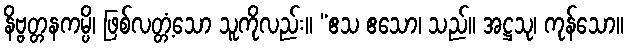
နိဗ္ဗတ္တနကမ္ပိ၊ ဖြစ်လတ္တံ့သော သူကိုလည်း။ “ဧသ ဧသော၊ သည်။ အဋ္ဌသု၊ ကုန်သော။